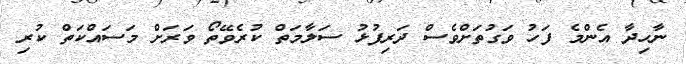
ނާހިދާ އެންމެ ފަހު ވަގުތަށްވެސް ދަރިފުޅު ސަލާމަތް ކުރެވޭތޯ ވަރަށް މަސައްކަތް ކުރި